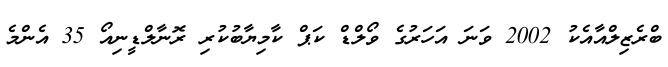
ބްރެޒިލްއާއެކު 2002 ވަނަ އަހަރުގެ ވޯލްޑް ކަޕް ކާމިޔާބުކުރި ރޮނާލްޑީނިއޯ 35 އެންމެ